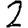
Digit: 2